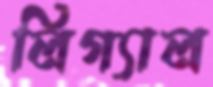
লিগ্যাল